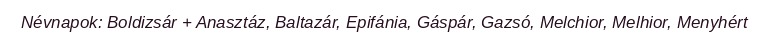
Névnapok: Boldizsár + Anasztáz, Baltazár, Epifánia, Gáspár, Gazsó, Melchior, Melhior, Menyhért